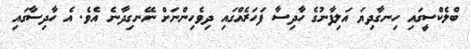
ބްލެކްސީގައި ހިނގާދިޔަ އަލިފާނުގެ ހާދިސާ ފަހަރެއްގައި ދިވެހިންނަށް ނޭނގިދާނެ އެވެ. އެ ހާދިސާގައި